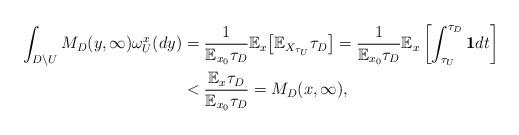
LaTeX: \begin{align*}\int_{D\setminus U}M_D(y,\infty)\omega_U^x(dy)&=\frac{1}{\mathbb{E}_{x_0}\tau_D}\mathbb{E}_x\big[\mathbb{E}_{X_{\tau_U}}\tau_D\big]=\frac{1}{\mathbb{E}_{x_0}\tau_D}\mathbb{E}_x\left[\int_{\tau_U}^{\tau_D}\mathbf 1dt\right]\\&<\frac{\mathbb{E}_{x}\tau_D}{\mathbb{E}_{x_0}\tau_D}=M_D(x,\infty),\end{align*}